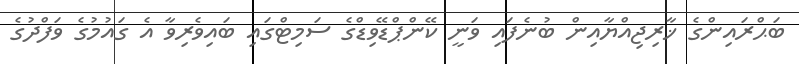
ބަޙްރައިންގެ ޚާރިޖިއްޔާއިން ބުނެފައި ވަނީ ކޭންޕްޑޭވިޑްގެ ސަމިޓްގައި ބައިވެރިވާ އެ ގައުމުގެ ވަފްދުގެ